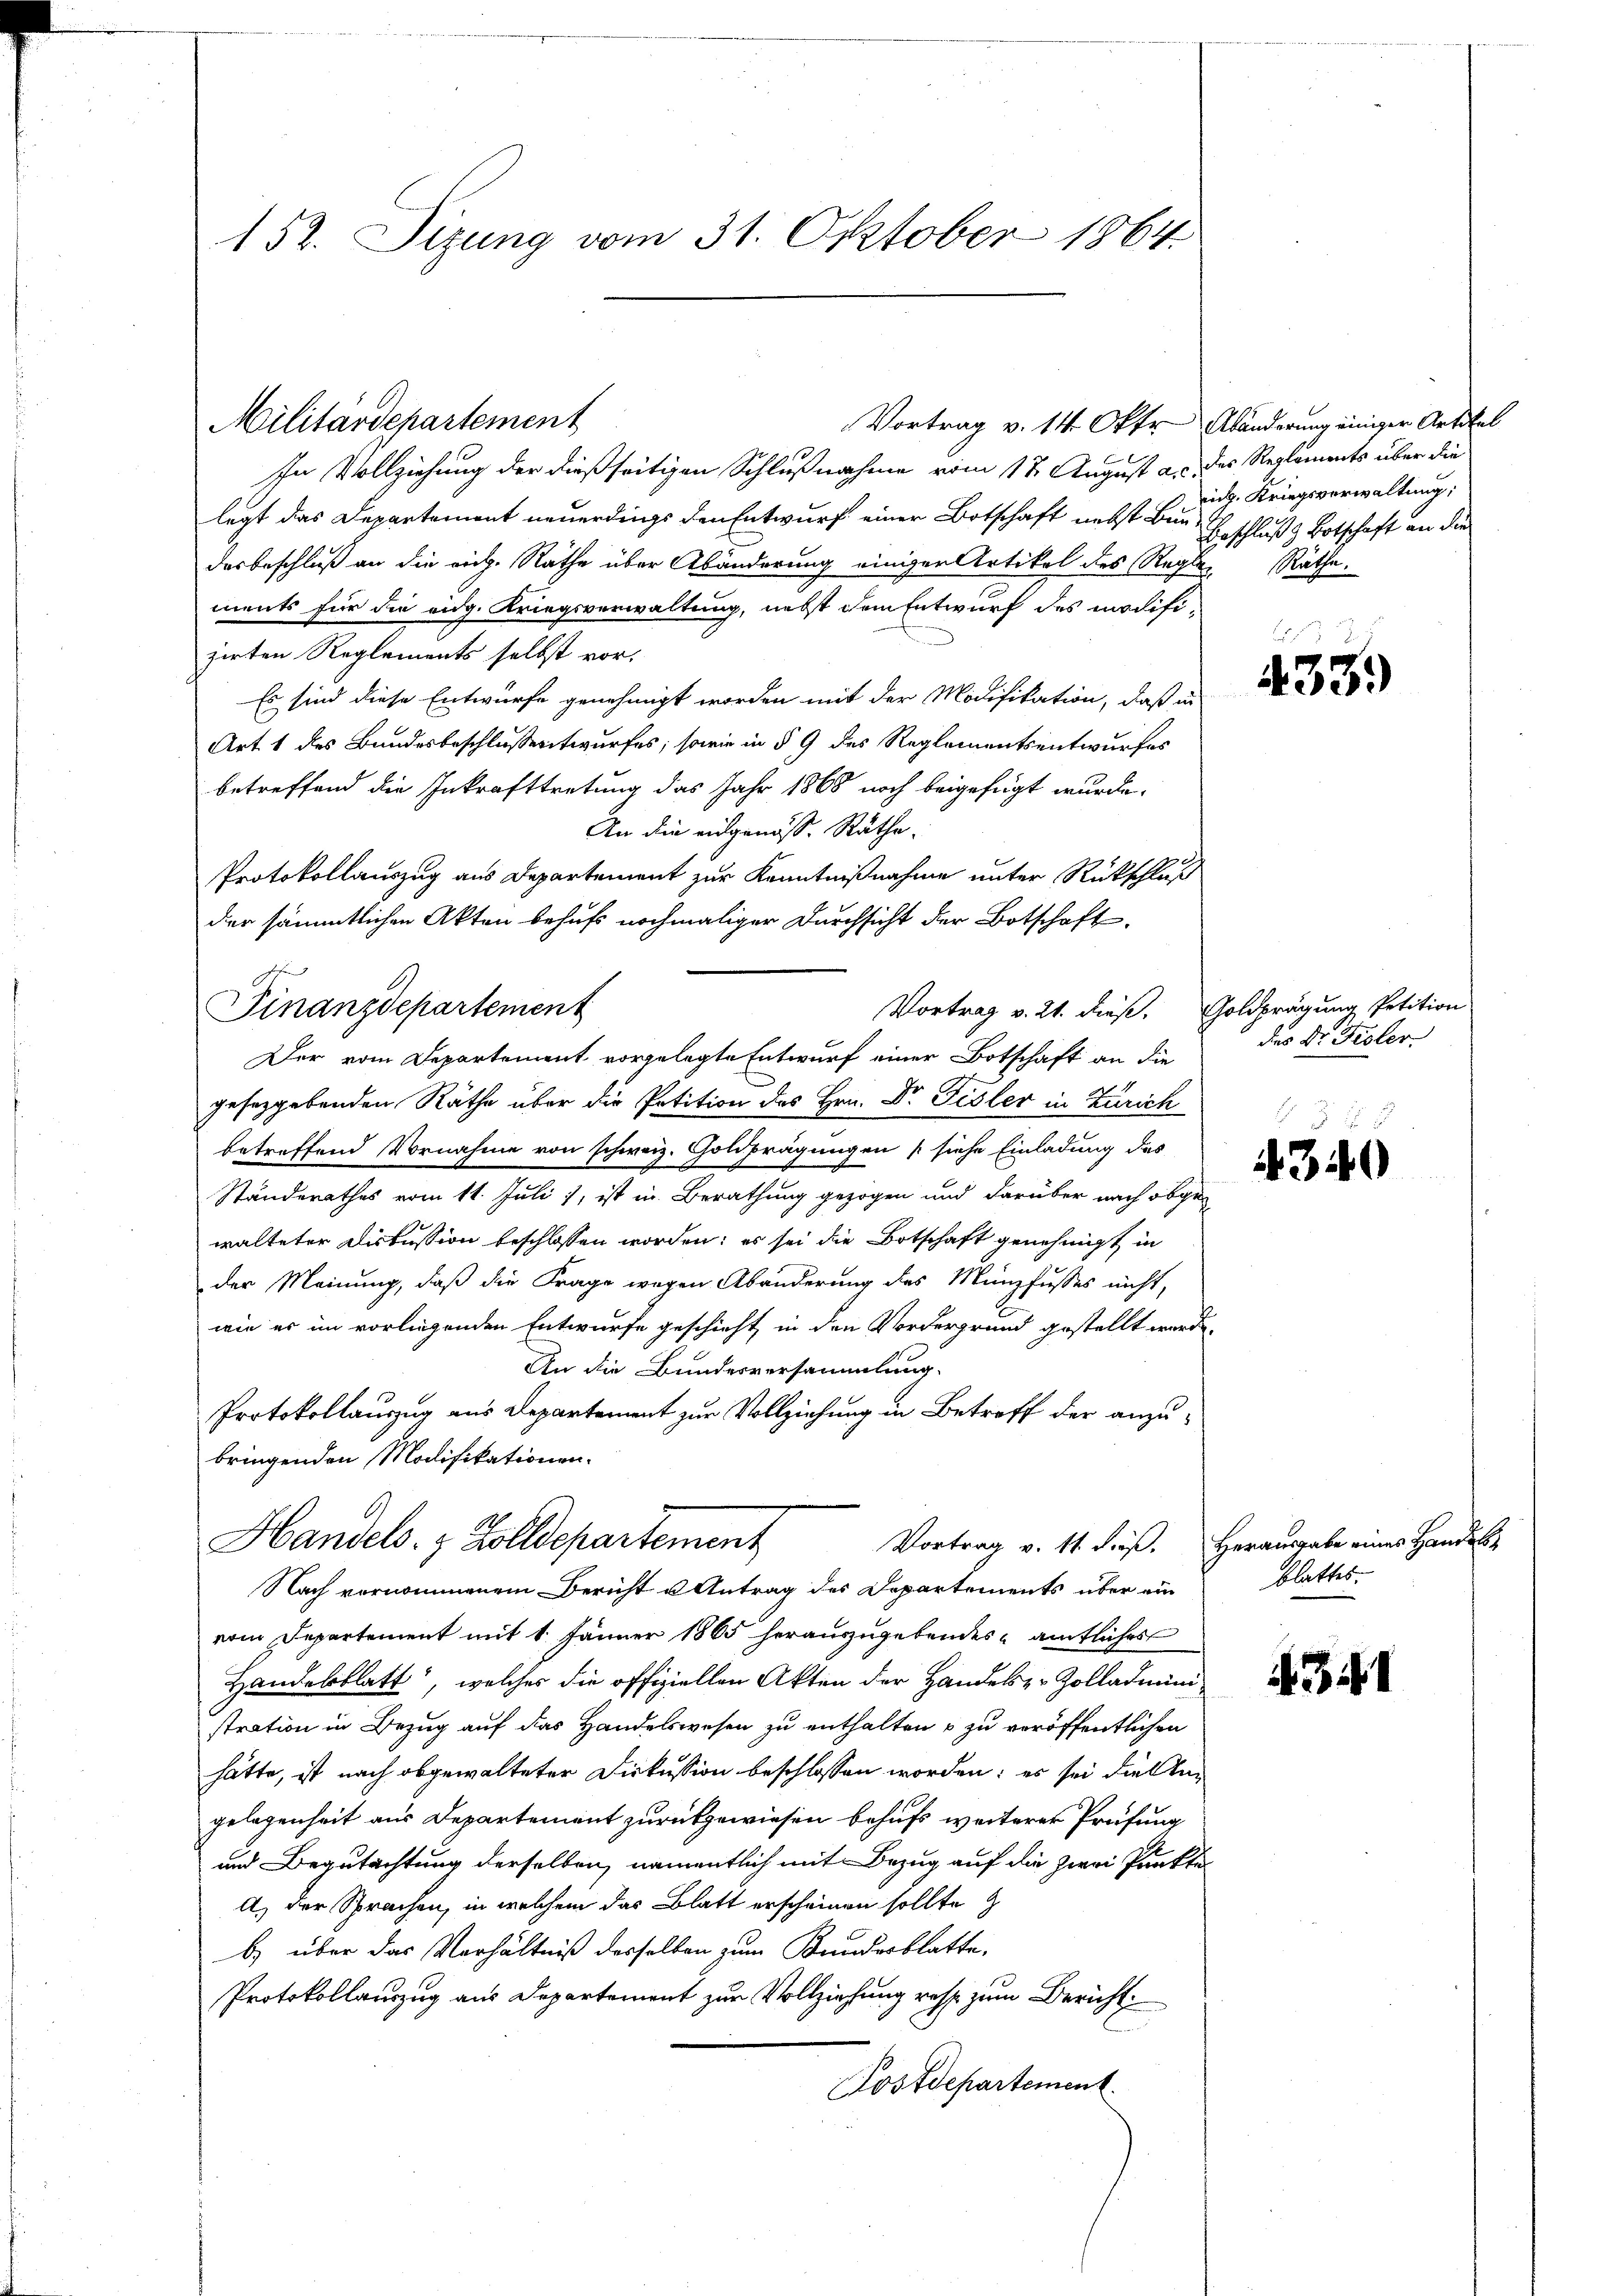
152. Sizung vom 31. Oktober 1864.

In Vollziehung der dießseitigen Schlußnahme vom 17. August a. des Reglements über die
legt das Departement neuerdings den Entwurf einer Botschaft nebst Bur-Beschluß & Botschaft an die
das beschluß an die rich. Räthe über Abänderung einiger Artikel des Reglen Räthe.
ments für die eidg. Kriegsverwaltung, nebst dem Entwurf des modifizirten Reglements selbst vor.
Es sind diese Entwurfe genehmigt worden mit der Modifikation, daß in
Art. 1 des Bundesbeschlussentwurfes; sowie in § 9 des Reglementsentwurfes
betreffend die Inkrafttretung das Jahr 1868 noch beigefügt wurde.
An die eidgenöss. Räthe.
Protokollauszug aus Departement zur Kenntnißnahme unter Rückschluß
der sämmtlichen Akten behufs nochmaliger Durchsicht der Botschaft.
geseggebenden Räthe über die Petition des Hrn. Dr. Fisler in Zürich
betreffend Vornahme von schweiz. Goldprägungen (siehe Einladung des
Ständerathes vom 11. Juli 1, ist in Berathung gezogen und darüber nach obge-
d
walteter Diskussion beschlossen worden; es sei die Botschaft genehmigt in
der Meinung, daß die Frage wegen Abänderung des Münzfusses nicht,
wie es im vorliegenden Entwurfe geschieht, in den Vordergrund gestellt werde.
An die Bundesversammlung.
Protokollauszug aus Departement zur Vollziehung in Betreff der anzubringenden Modifikationen.
Handels- & Zolldepartement
Vortrag v. 11. dieß. Herausgabe eines Handel
Nach vernommenem Bericht u Antrag des Departements über ein
vom Departement mit 1. Jänner 1865 herauszugebendes amtliches
Handelsblatt“, welches die offiziellen Akten der Handels zu Zolladministration in Bezug auf das Handelswesen zu enthalten u zu veröffentlichen
hätte, ist nach abgewalteter Diskussion beschlossen worden; es sei die Angelegenheit aus Departement zurückgewiesen behufs weiterer Prüfung
und Begutachtung derselben, namentlich mit Bezug auf die zwei Punkte
A) der Sprachen, in welchem das Blatt erscheinen sollte z
b) über das Verhältniß desselben zum Bundesblatte,
Protokollauszug aus Departement zur Vollziehung resp. zum Bericht
Postdepartement

Militärdepartement

sehen
Finanzdepartement

Der vom Departement vorgelegte Entwurf einer Botschaft an die

Vortrag v. 14. Okt. Abänderung einiger Artikel

vidg. Kriegsverwaltung;

e
.
433)

Vortrag v. 21. dies. Goldprägung Petition
des Dr. Fisler.

4340

blattes.

4341